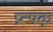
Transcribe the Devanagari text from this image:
प्रत्यक्